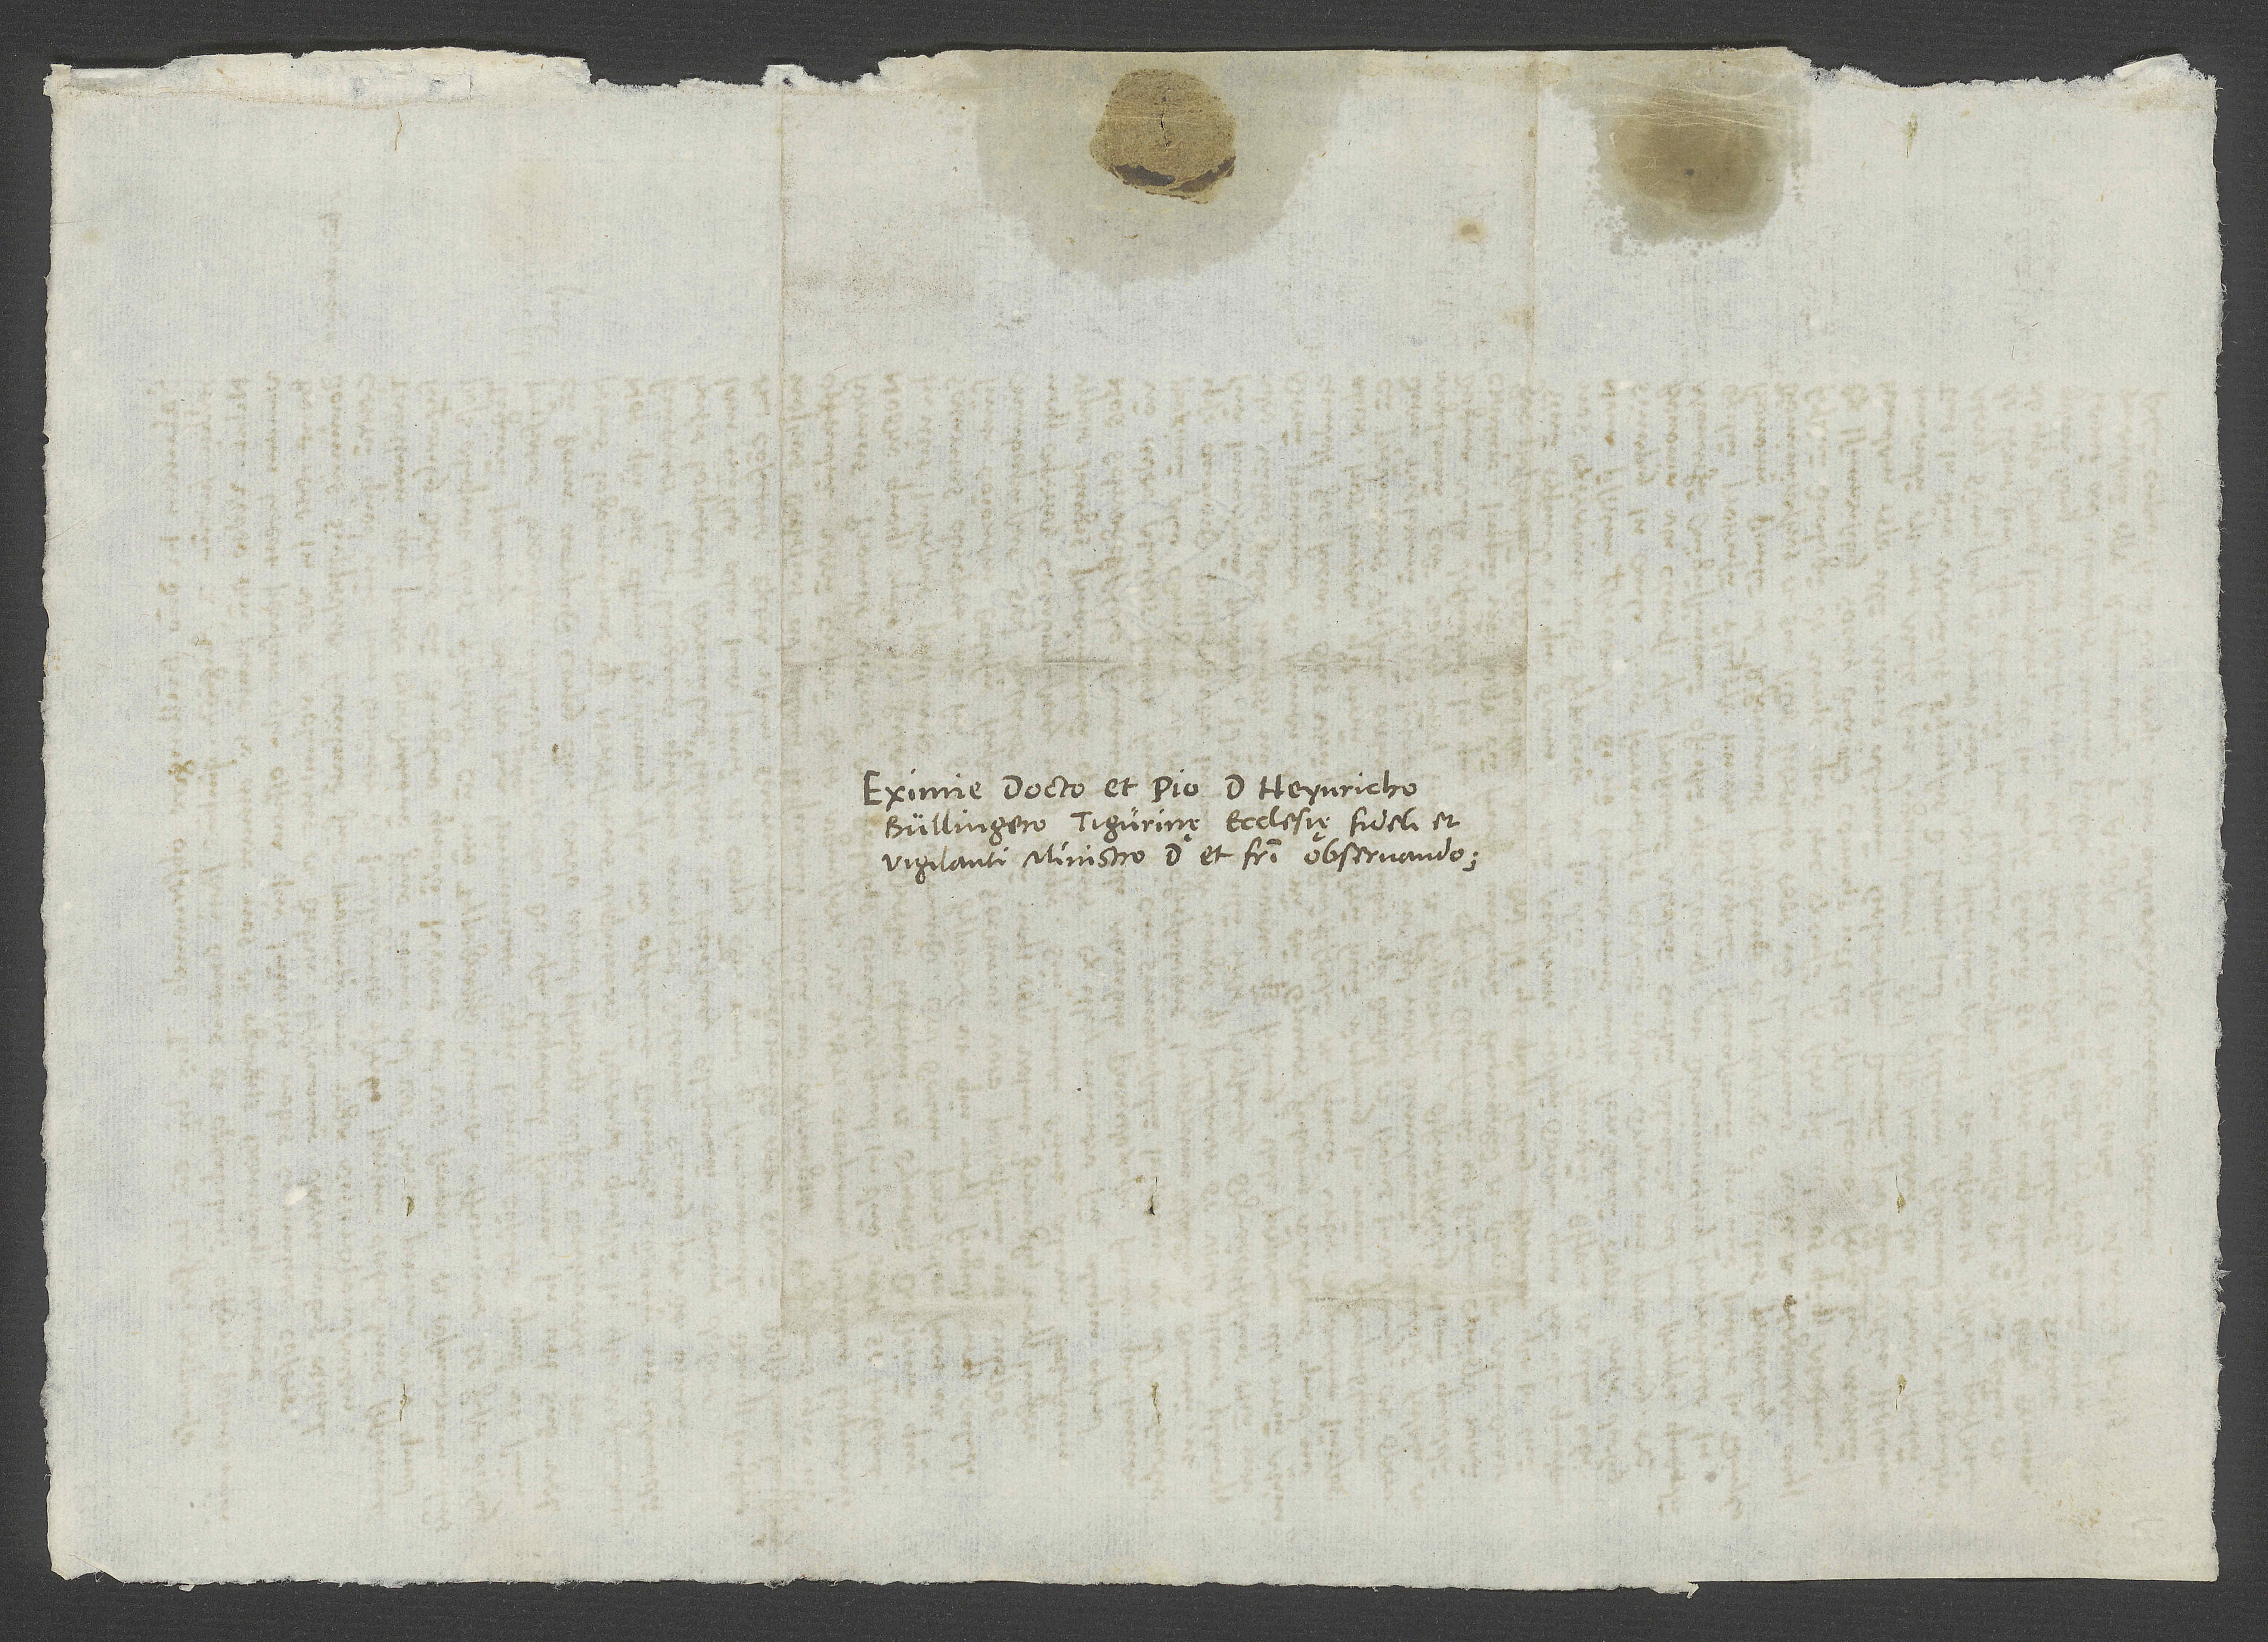
Eximie docto et pio d. Heynricho
Bullingero, Tigurinę ecclesię fideli et
vigilanti ministro, domino et fratri observando.